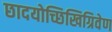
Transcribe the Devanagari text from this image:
छादयोच्छिखिग्रिवेण